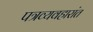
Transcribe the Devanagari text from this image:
पत्रव्यवहारांत